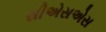
સીએસએસ